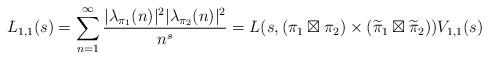
LaTeX: \begin{align*}L_{1,1} (s) = \sum_{n=1}^{\infty} \frac{|\lambda_{\pi_1}(n)|^2|\lambda_{\pi_2}(n)|^2}{n^s}=L(s,(\pi_1\boxtimes\pi_2) \times(\widetilde\pi_1\boxtimes\widetilde\pi_2)) V_{1,1}(s)\end{align*}